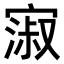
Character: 𫳺